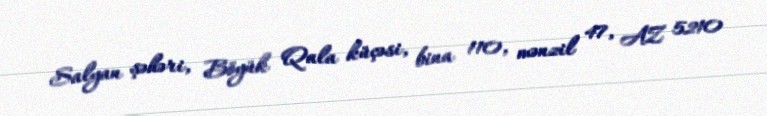
Salyan şəhəri, Böyük Qala küçəsi, bina 110, mənzil 47, AZ 5210